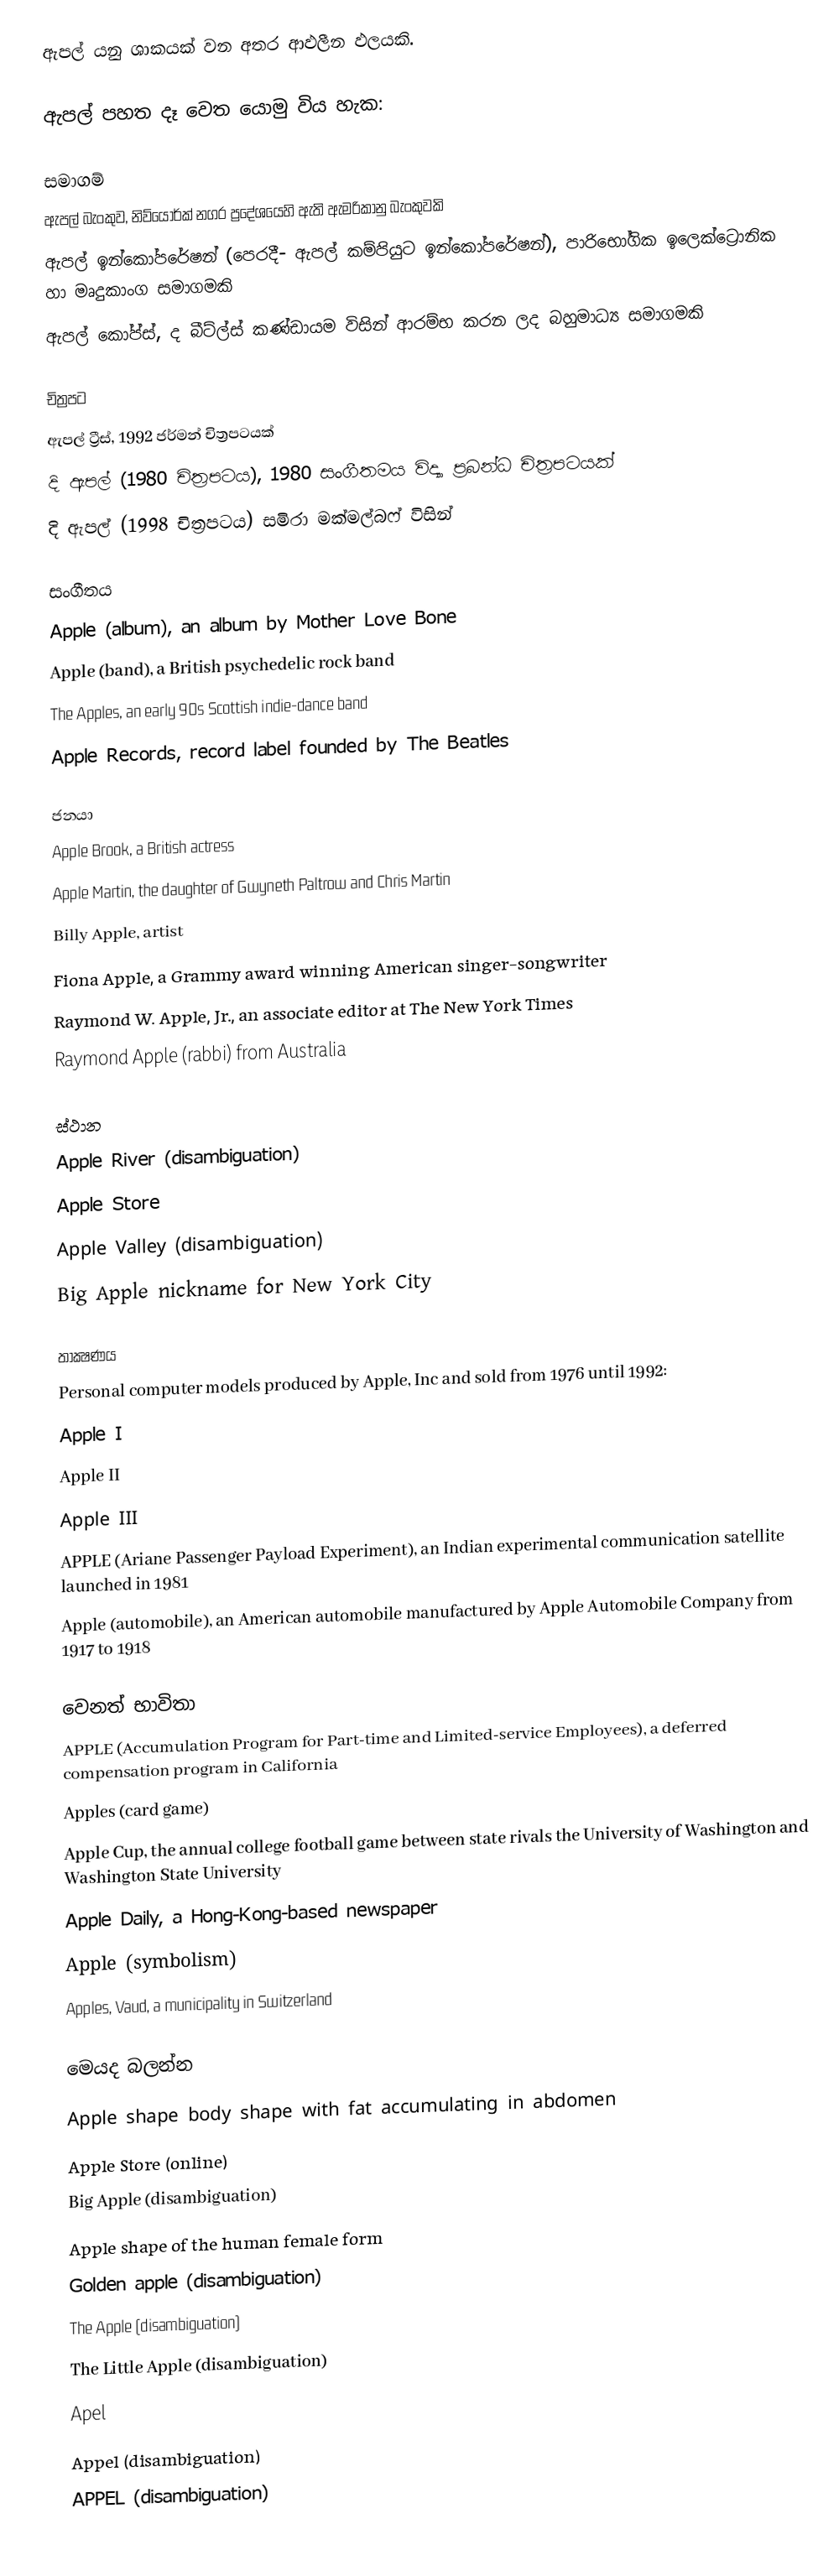
ඇපල් යනු ශාකයක් වන අතර ආඵලීන ඵලයකි.

ඇපල් පහත දෑ වෙත යොමු විය හැක:

සමාගම්
 ඇපල් බැංකුව, නිව්යෝර්ක් නගර ප්‍රදේශයෙහි  ඇති ඇමරිකානු බැංකුවකි
 ඇපල් ඉන්කෝපරේෂන් (පෙරදී- ඇපල් කම්පියුට ඉන්කෝපරේෂන්), පාරිභෝගික ඉලෙක්ට්‍රොනික හා මෘදුකාංග සමාගමකි
 ඇපල් කෝප්ස්, ද බීට්ල්ස් කණ්ඩායම විසින් ආරම්භ කරන ලද බහුමාධ්‍ය සමාගමකි

චිත්‍රපට
 ඇපල් ට්‍රීස්, 1992 ජර්මන් චිත්‍රපටයක්
 දි ඇපල් (1980 චිත්‍රපටය), 1980 සංගීතමය විද්‍යා ප්‍රබන්ධ චිත්‍රපටයක්
 දි ඇපල් (1998 චිත්‍රපටය) සමිරා මක්මල්බෆ් විසින්

සංගීතය
 Apple (album), an album by Mother Love Bone
 Apple (band), a British psychedelic rock band
 The Apples, an early 90s Scottish indie-dance band
 Apple Records, record label founded by The Beatles

ජනයා
 Apple Brook, a British actress
 Apple Martin, the daughter of Gwyneth Paltrow and Chris Martin
 Billy Apple, artist
 Fiona Apple, a Grammy award winning American singer-songwriter
 Raymond W. Apple, Jr., an associate editor at The New York Times
 Raymond Apple (rabbi) from Australia

ස්ථාන
 Apple River (disambiguation)
 Apple Store
 Apple Valley (disambiguation)
 Big Apple nickname for New York City

තාක්‍ෂණය
 Personal computer models produced by Apple, Inc and sold from 1976 until 1992:
 Apple I
 Apple II
 Apple III
 APPLE (Ariane Passenger Payload Experiment), an Indian experimental communication satellite launched in 1981
 Apple (automobile), an American automobile manufactured by Apple Automobile Company from 1917 to 1918

වෙනත් භාවිතා
 APPLE (Accumulation Program for Part-time and Limited-service Employees), a deferred compensation program in California
 Apples (card game)
 Apple Cup, the annual college football game between state rivals the University of Washington and Washington State University
 Apple Daily, a Hong-Kong-based newspaper
 Apple (symbolism)
 Apples, Vaud, a municipality in Switzerland

මෙයද බලන්න
 Apple shape body shape with fat accumulating in abdomen
 Apple Store (online)
 Big Apple (disambiguation)
 Apple shape of the human female form
 Golden apple (disambiguation)
 The Apple (disambiguation)
 The Little Apple (disambiguation)
 Apel
 Appel (disambiguation)
 APPEL (disambiguation)